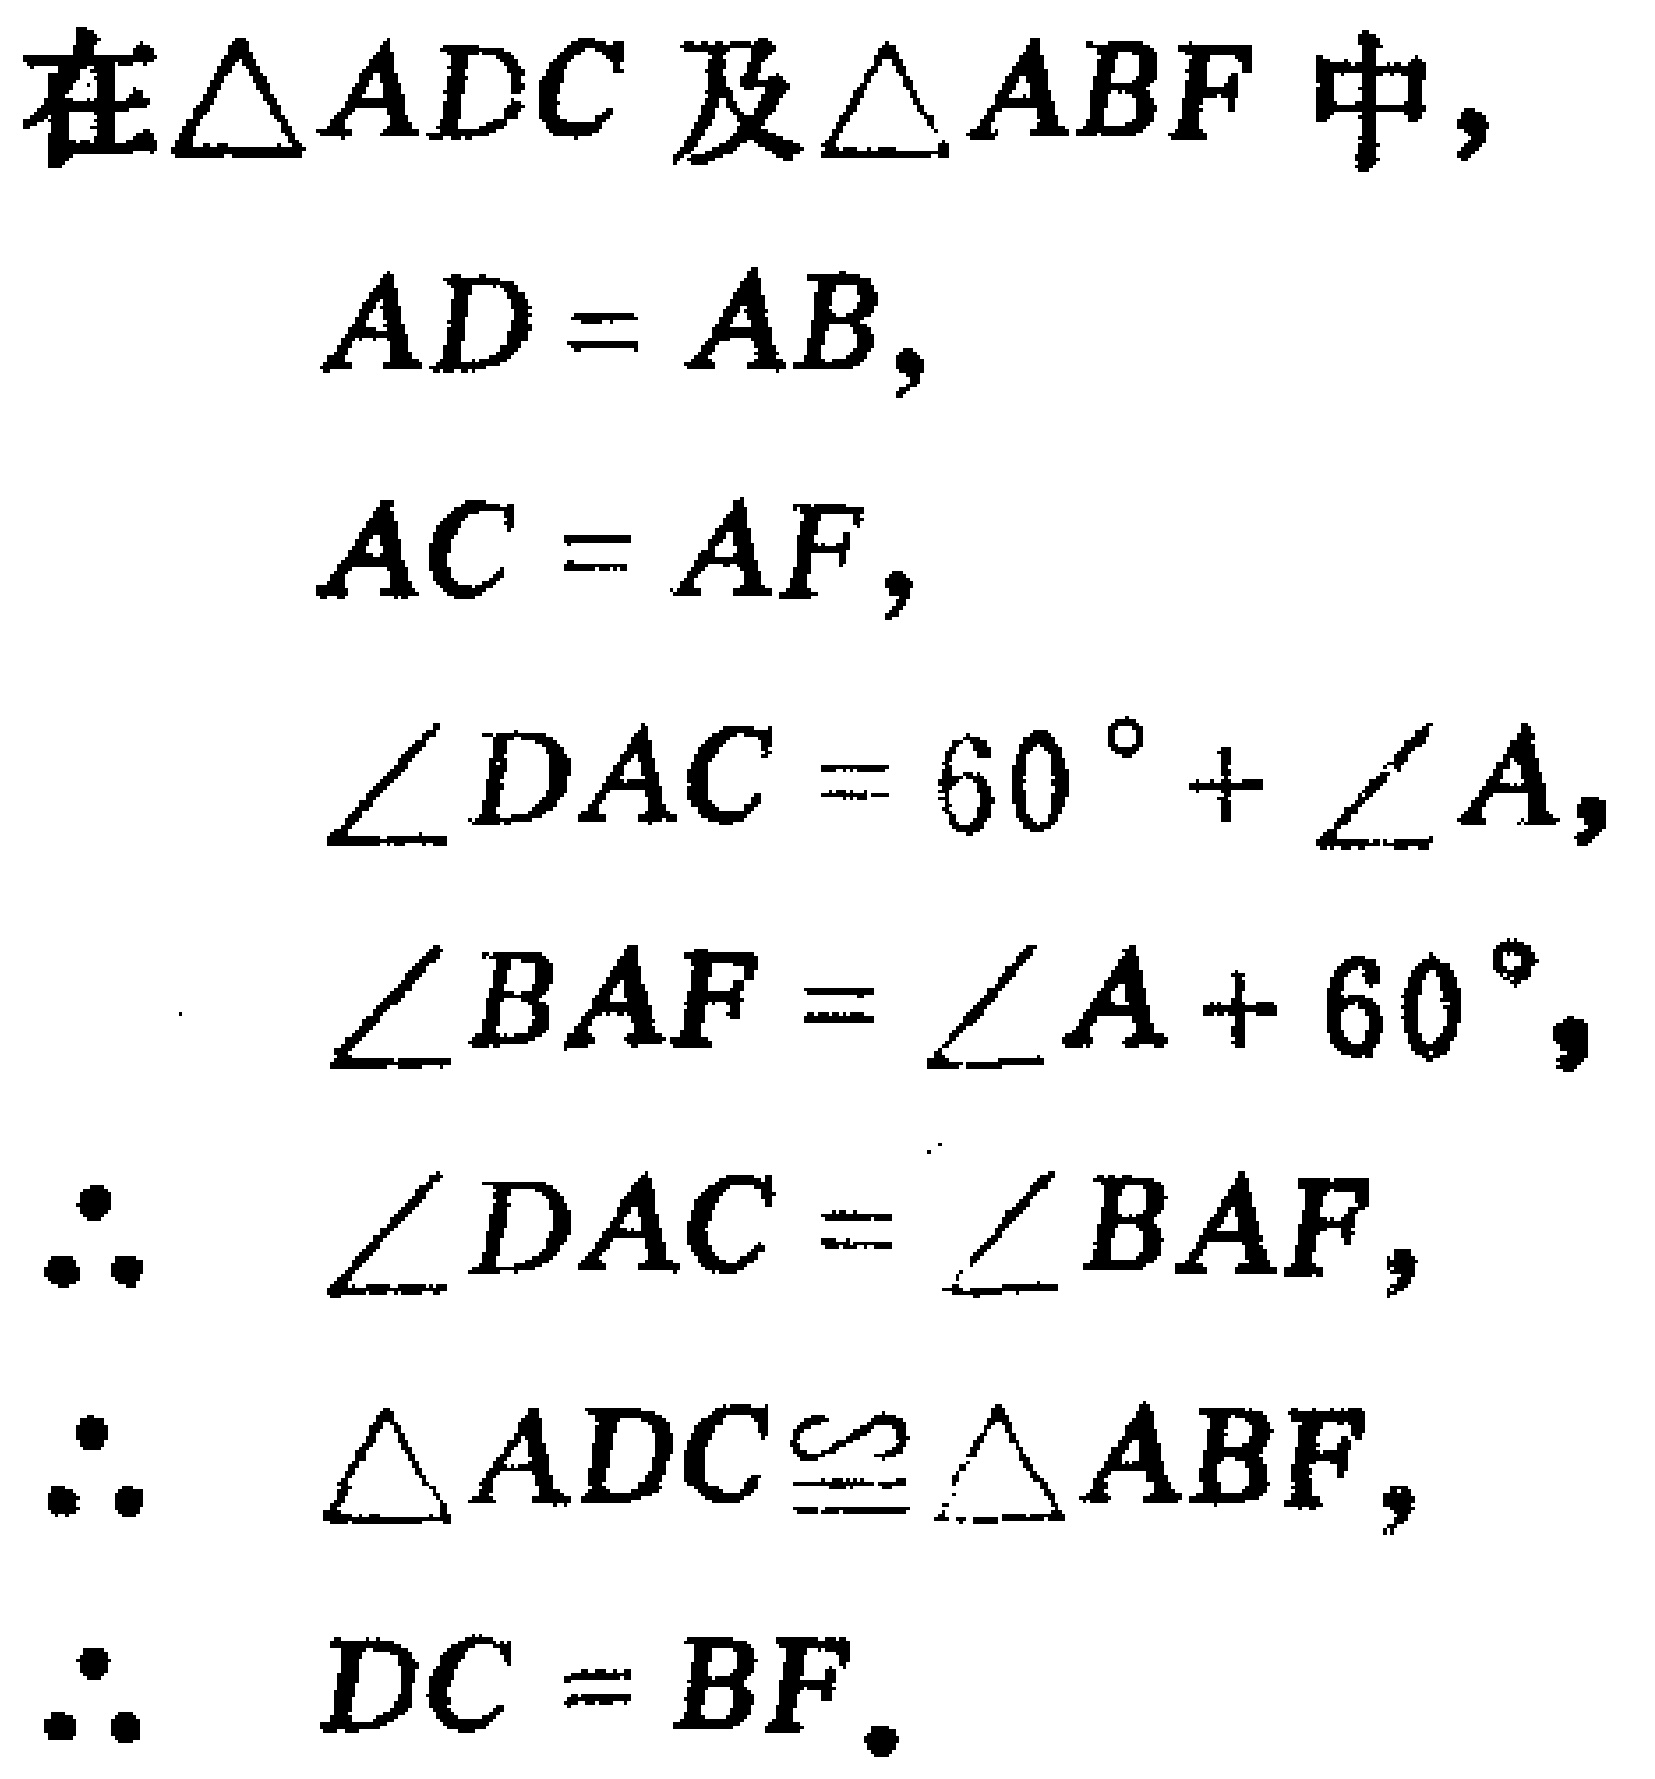
在$\triangle ADC$及$\triangle ABF$中，
\begin{align*}
AD&=AB,\\
AC&=AF,\\
\angle DAC&=60^{\circ}+\angle A,\\
\angle BAF&=\angle A + 60^{\circ},\\
\therefore\ \angle DAC&=\angle BAF,\\
\therefore\ \triangle ADC&\cong\triangle ABF,\\
\therefore\ DC&=BF.
\end{align*}